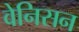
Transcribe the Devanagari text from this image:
वेनिसन